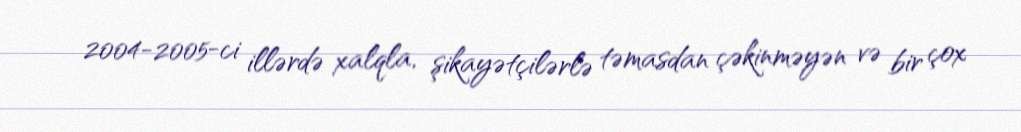
2004-2005-ci illərdə xalqla, şikayətçilərlə təmasdan çəkinməyən və bir çox